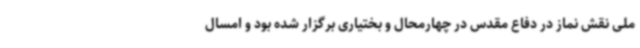
ملی نقش نماز در دفاع مقدس در چهارمحال و بختیاری برگزار شده بود و امسال